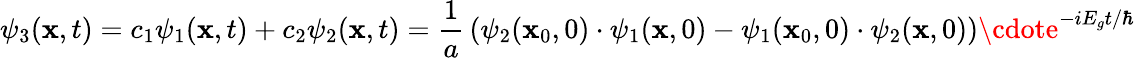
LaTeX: \psi_{3}(\mathbf{x},t)=c_{1}\psi_{1}(\mathbf{x},t)+c_{2}\psi_{2}(\mathbf{x},t)={\frac{{1}}{{a}}}\left(\psi_{2}(\mathbf{x}_{0},0)\cdot\psi_{1}(\mathbf{x},0)-\psi_{1}(\mathbf{x}_{0},0)\cdot\psi_{2}(\mathbf{x},0)\right)\cdote^{-iE_{g}t/\hbar}